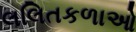
લલિતકળાઓ